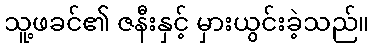
သူ့ဖခင်၏ ဇနီးနှင့် မှားယွင်းခဲ့သည်။